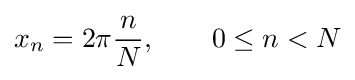
x_{n}=2\pi {\frac {n}{N}},\qquad 0\leq n<N